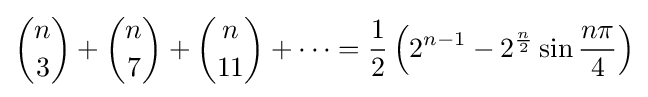
{\binom {n}{3}}+{\binom {n}{7}}+{\binom {n}{11}}+\cdots ={\frac {1}{2}}\left(2^{n-1}-2^{\frac {n}{2}}\sin {\frac {n\pi }{4}}\right)